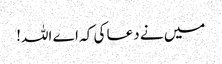
میں نے دعا کی کہ اے اللہ!